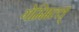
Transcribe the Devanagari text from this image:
गेम्मिल्ल्